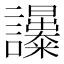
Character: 𧮔